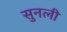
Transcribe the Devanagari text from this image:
सुनली